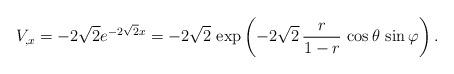
LaTeX: \begin{align*}V_{,x} = -2\sqrt{2} e^{-2\sqrt{2} x} = -2\sqrt{2}\, \exp\left(-2\sqrt{2}\, {r \over 1-r}\, \cos\theta \, \sin\varphi \right).\end{align*}